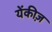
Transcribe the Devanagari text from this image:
येंकीज़